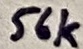
Text: 56k